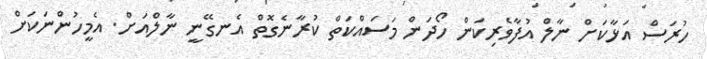
ހުރަސް އަޅާކަށް ނާލް އުފާވެރިކަން ހޯދަން މަސައްކަތް ކުރާނެގޮތް އެނގޭނީ ނާލްއަށް. އެމީހުންނަކަށް